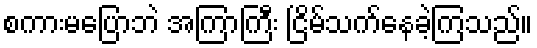
စကားမပြောဘဲ အကြာကြီး ငြိမ်သက်နေခဲ့ကြသည်။